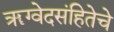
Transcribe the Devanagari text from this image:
ॠग्वेदसंहितेचे